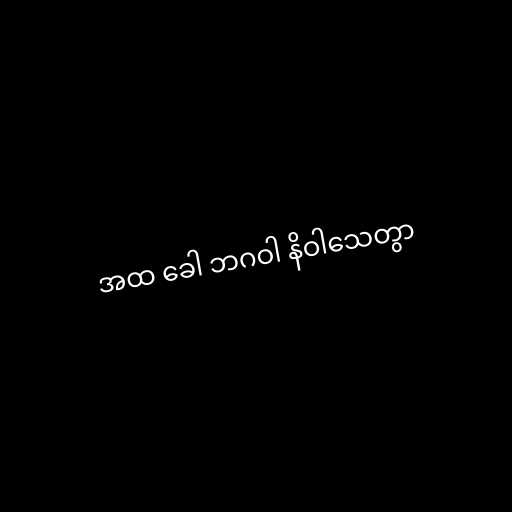
အထ ခေါ ဘဂဝါ နိဝါသေတွာ